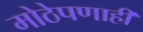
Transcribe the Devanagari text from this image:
मोठेपणाही